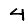
Digit: 4